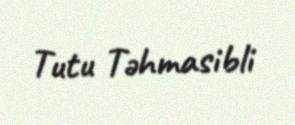
Tutu Təhmasibli